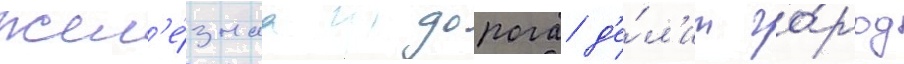
Жел'е́знаа дорога д'е́л'ит го́род